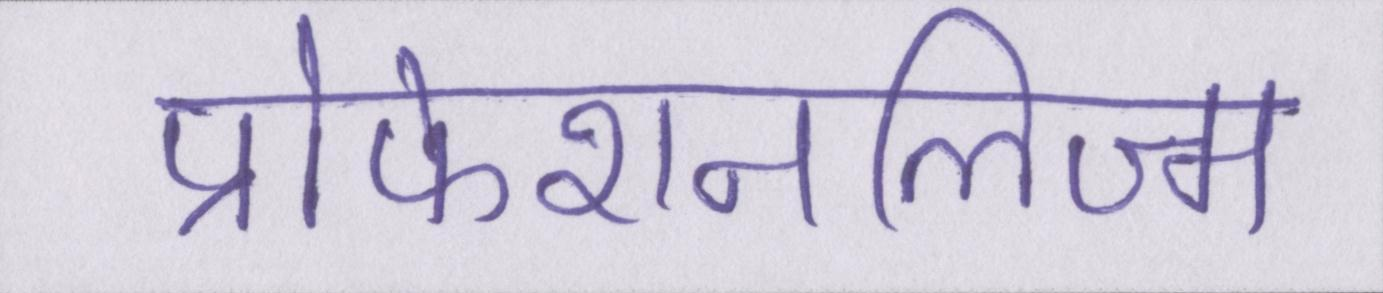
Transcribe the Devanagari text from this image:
प्रोफेशनलिज्म